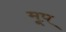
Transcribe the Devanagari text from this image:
मूप